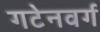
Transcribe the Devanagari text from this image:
गटेनवर्ग